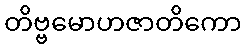
တိဗ္ဗမောဟဇာတိကော